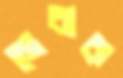
নেবাক